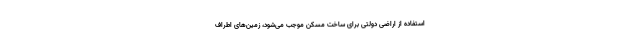
استفاده از اراضی دولتی برای ساخت مسکن موجب می‌شود، زمین‌های اطراف